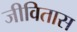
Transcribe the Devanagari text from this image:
जीवितास